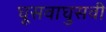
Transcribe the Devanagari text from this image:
घूसवाघुसवी